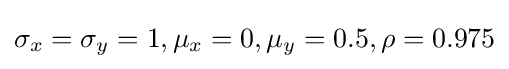
\sigma _{x}=\sigma _{y}=1,\mu _{x}=0,\mu _{y}=0.5,\rho =0.975